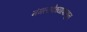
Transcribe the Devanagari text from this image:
मंगलावेध्यापासून